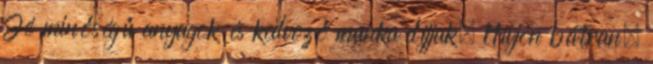
Jó minőségű anyagok és kedvező munka díjjak. Hívjon bátran.